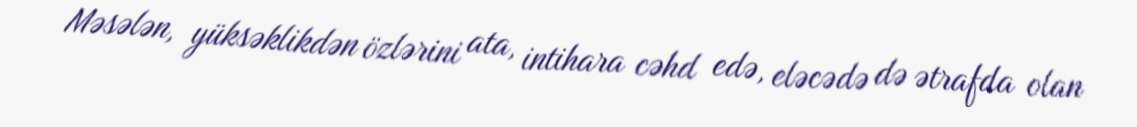
Məsələn, yüksəklikdən özlərini ata, intihara cəhd edə, eləcədə də ətrafda olan